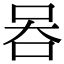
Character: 𠱑